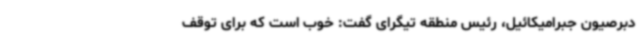
دبرصیون جبرامیکائیل، رئیس منطقه تیگرای گفت: خوب است که برای توقف